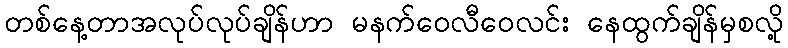
တစ်နေ့တာအလုပ်လုပ်ချိန်ဟာ မနက်ဝေလီဝေလင်း နေထွက်ချိန်မှစလို့